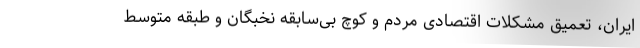
ایران، تعمیق مشکلات اقتصادی مردم و کوچ بی‌سابقه نخبگان و طبقه متوسط